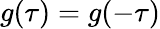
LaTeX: g(\tau)=g(-\tau)